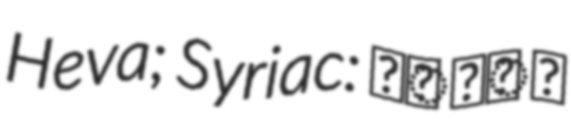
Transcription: Heva; Syriac: ܚܰܘܳܐ